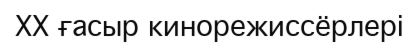
XX ғасыр кинорежиссёрлері